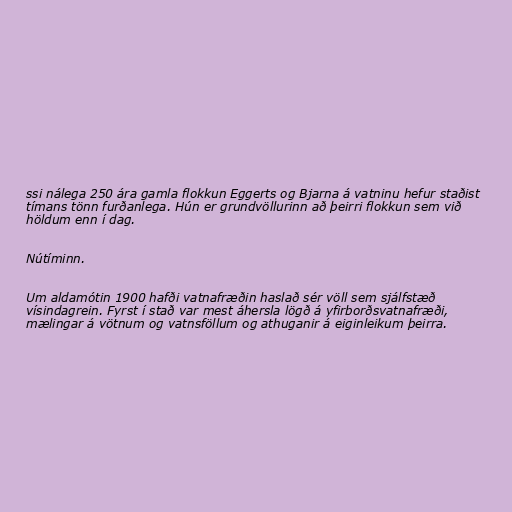
ssi nálega 250 ára gamla flokkun Eggerts og Bjarna á vatninu hefur staðist
tímans tönn furðanlega. Hún er grundvöllurinn að þeirri flokkun sem við
höldum enn í dag.

Nútíminn.

Um aldamótin 1900 hafði vatnafræðin haslað sér völl sem sjálfstæð
vísindagrein. Fyrst í stað var mest áhersla lögð á yfirborðsvatnafræði,
mælingar á vötnum og vatnsföllum og athuganir á eiginleikum þeirra.